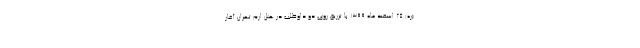
(ره) ۲۵ اسفند ماه ۱۳۹۹ با تزریق روی دو داوطلب در هتل ارم تهران آغاز